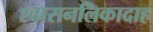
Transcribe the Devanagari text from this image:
श्वासनलिकादाह